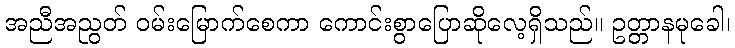
အညီအညွတ် ဝမ်းမြောက်စေကာ ကောင်းစွာပြောဆိုလေ့ရှိသည်။ ဥတ္တာနမုခေါ၊